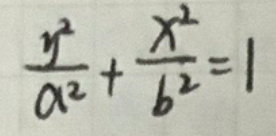
$\frac{y^{2}}{a^{2}}+\frac{x^{2}}{b^{2}}=1$